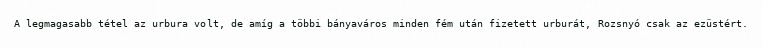
A legmagasabb tétel az urbura volt, de amíg a többi bányaváros minden fém után fizetett urburát, Rozsnyó csak az ezüstért.